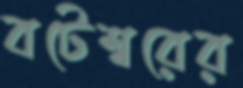
বটেশ্বরের